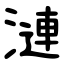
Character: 漣